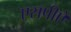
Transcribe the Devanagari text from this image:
एसपीऐ